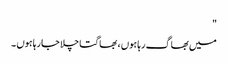
"
میں بھاگ رہا ہوں ، بھاگتا چلا جارہا ہوں ۔